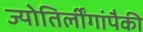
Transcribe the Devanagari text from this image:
ज्योतिर्लींगांपैकी